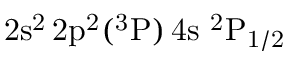
\mathrm { 2 s ^ { 2 } \, 2 p ^ { 2 } ( ^ { 3 } P ) \, 4 s ~ ^ { 2 } P _ { 1 / 2 } }